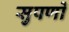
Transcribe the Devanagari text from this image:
सुपर्णों